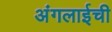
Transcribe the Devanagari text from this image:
अंगलाईची